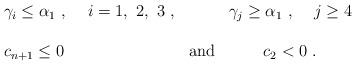
LaTeX: \begin{align*} \begin{array}{llc} \gamma _i\leq \alpha _1~,~~~\, i=1,~2,~3~,&&\gamma _j\geq \alpha _1~,~~~\, j\geq 4\\ \\ c_{n+1}\leq 0&{\rm and}&c_2<0~.\end{array} \end{align*}